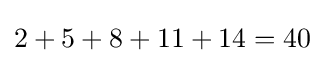
2+5+8+11+14=40